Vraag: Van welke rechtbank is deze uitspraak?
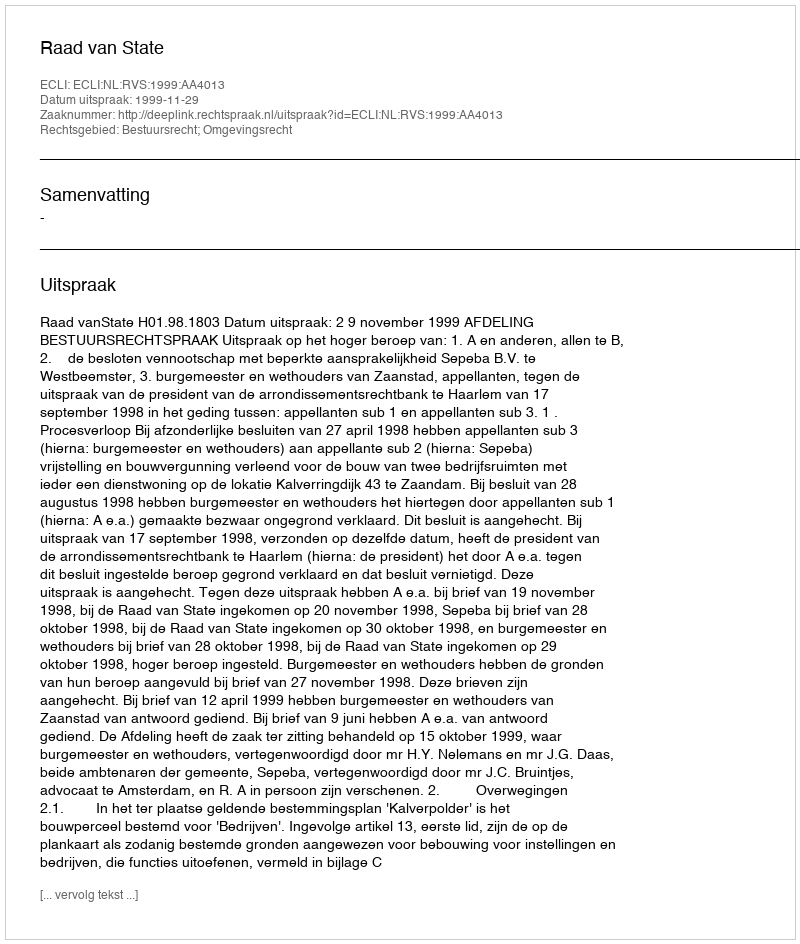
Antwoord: Raad van State